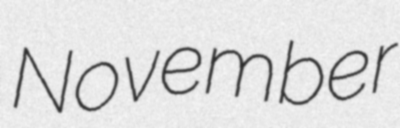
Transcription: November